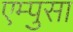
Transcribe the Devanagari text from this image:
एम्पुसा